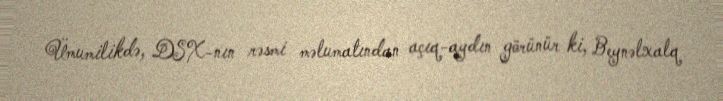
Ümumilikdə, DSX-nın rəsmi məlumatından açıq-aydın görünür ki, Beynəlxalq